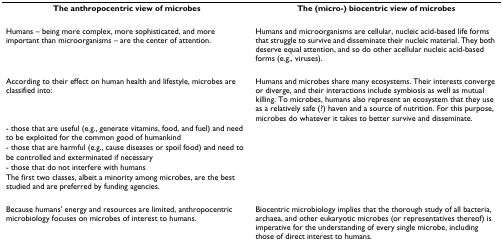
<table><thead><tr><td><b>The anthropocentric view of microbes</b></td><td><b>The (micro-) biocentric view of microbes</b></td></tr></thead><tbody><tr><td>Humans – being more complex, more sophisticated, and more important than microorganisms – are the center of attention.</td><td>Humans and microorganisms are cellular, nucleic acid-based life forms that struggle to survive and disseminate their nucleic material. They both deserve equal attention, and so do other acellular nucleic acid-based forms (e.g., viruses).</td></tr><tr><td>According to their effect on human health and lifestyle, microbes are classified into:</td><td>Humans and microbes share many ecosystems. Their interests converge or diverge, and their interactions include symbiosis as well as mutual killing. To microbes, humans also represent an ecosystem that they use as a relatively safe (?) haven and a source of nutrition. For this purpose, microbes do whatever it takes to better survive and disseminate.</td></tr><tr><td>- those that are useful (e.g., generate vitamins, food, and fuel) and need to be exploited for the common good of humankind</td><td></td></tr><tr><td>- those that are harmful (e.g., cause diseases or spoil food) and need to be controlled and exterminated if necessary</td><td></td></tr><tr><td>- those that do not interfere with humans</td><td></td></tr><tr><td>The first two classes, albeit a minority among microbes, are the best studied and are preferred by funding agencies.</td><td></td></tr><tr><td>Because humans&#x27; energy and resources are limited, anthropocentric microbiology focuses on microbes of interest to humans.</td><td>Biocentric microbiology implies that the thorough study of all bacteria, archaea, and other eukaryotic microbes (or representatives thereof) is imperative for the understanding of every single microbe, including those of direct interest to humans.</td></tr></tbody></table>